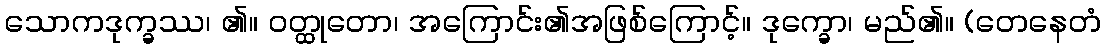
သောကဒုက္ခဿ၊ ၏။ ဝတ္ထုတော၊ အကြောင်း၏အဖြစ်ကြောင့်။ ဒုက္ခော၊ မည်၏။ (တေနေတံ